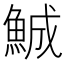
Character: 鯎